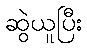
ဆွဲယူပြီး